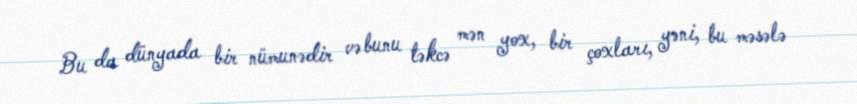
Bu da dünyada bir nümunədir və bunu təkcə mən yox, bir çoxları, yəni, bu məsələ